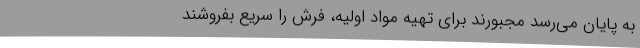
به پایان می‌رسد مجبورند برای تهیه مواد اولیه، فرش را سریع بفروشند